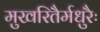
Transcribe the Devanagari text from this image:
मुखरितैर्मधुरैः